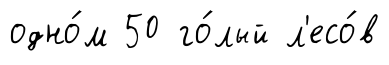
одно́м 50 го́лый л'есо́в